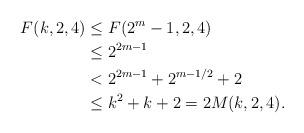
LaTeX: \begin{align*}F(k,2,4) &\leq F(2^m-1,2,4) \\&\leq 2^{2m-1} \\&<2^{2m-1}+2^{m-1/2}+2\\&\leq k^2+k+2=2 M(k,2,4).\end{align*}